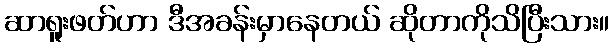
ဆာရူးဖတ်ဟာ ဒီအခန်းမှာနေတယ် ဆိုတာကိုသိပြီးသား။